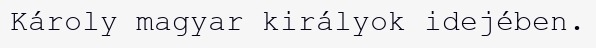
Károly magyar királyok idejében.